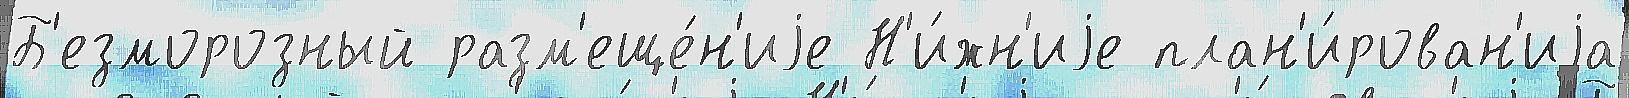
Б'езморозный разм'еще́н'иjе Н'и́жн'иjе план'и́рован'иjа